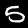
Digit: 5